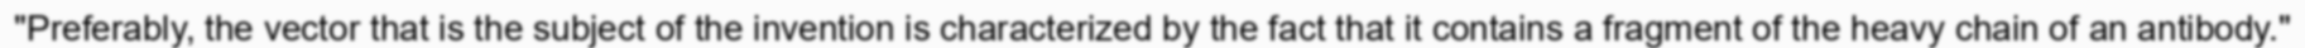
"Preferably, the vector that is the subject of the invention is characterized by the fact that it contains a fragment of the heavy chain of an antibody."